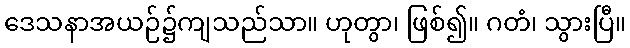
ဒေသနာအယဉ်၌ကျသည်သာ။ ဟုတွာ၊ ဖြစ်၍။ ဂတံ၊ သွားပြီ။